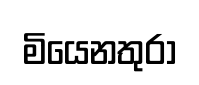
මියෙනතුරා